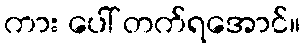
ကား ပေါ် တက်ရအောင်။